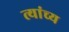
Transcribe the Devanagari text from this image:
त्यांच्य